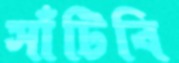
সাঁটিবি